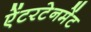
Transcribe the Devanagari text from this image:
ऐंटरटेनमेंट